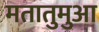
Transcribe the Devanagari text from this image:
मतातुमुआ